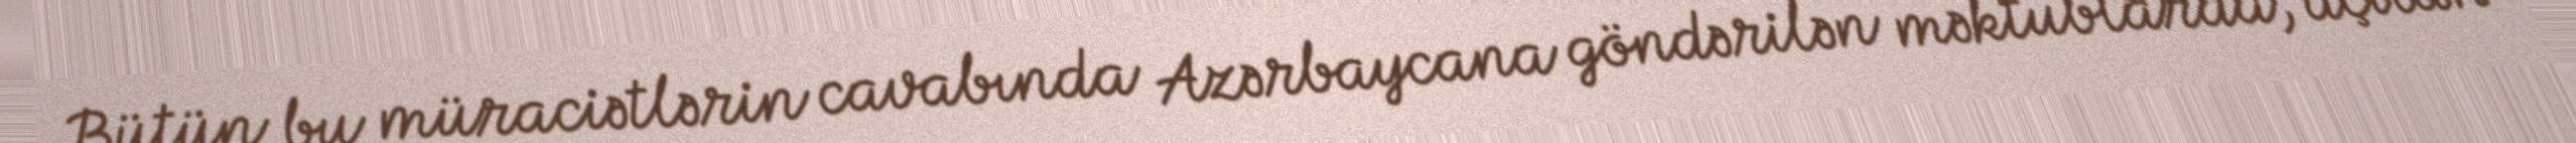
Bütün bu müraciətlərin cavabında Azərbaycana göndərilən məktublarda, açılan